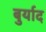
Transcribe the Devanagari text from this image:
बुर्याद